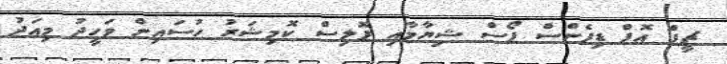
ޗީފް އޮފް ޑިފެންސް ފޯސް ޝިޔާމާއި ޕޮލިސް ކޮމިޝަރު ހުސައިން ވަހީދު މިއަދު